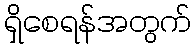
ရှိစေရန်အတွက်